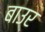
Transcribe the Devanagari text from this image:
बाउर